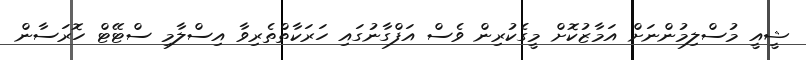
ޝީއީ މުސްލިމުންނަށް އަމާޒުކޮށް މީގެކުރިން ވެސް އަފްގާނުގައި ހަރަކާތްތެރިވާ އިސްލާމި ސްޓޭޓް ހޮރަސާން